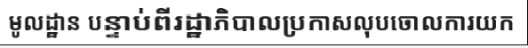
មូលដ្ឋាន បន្ទាប់ពីរដ្ឋាភិបាលប្រកាសលុបចោលការយក